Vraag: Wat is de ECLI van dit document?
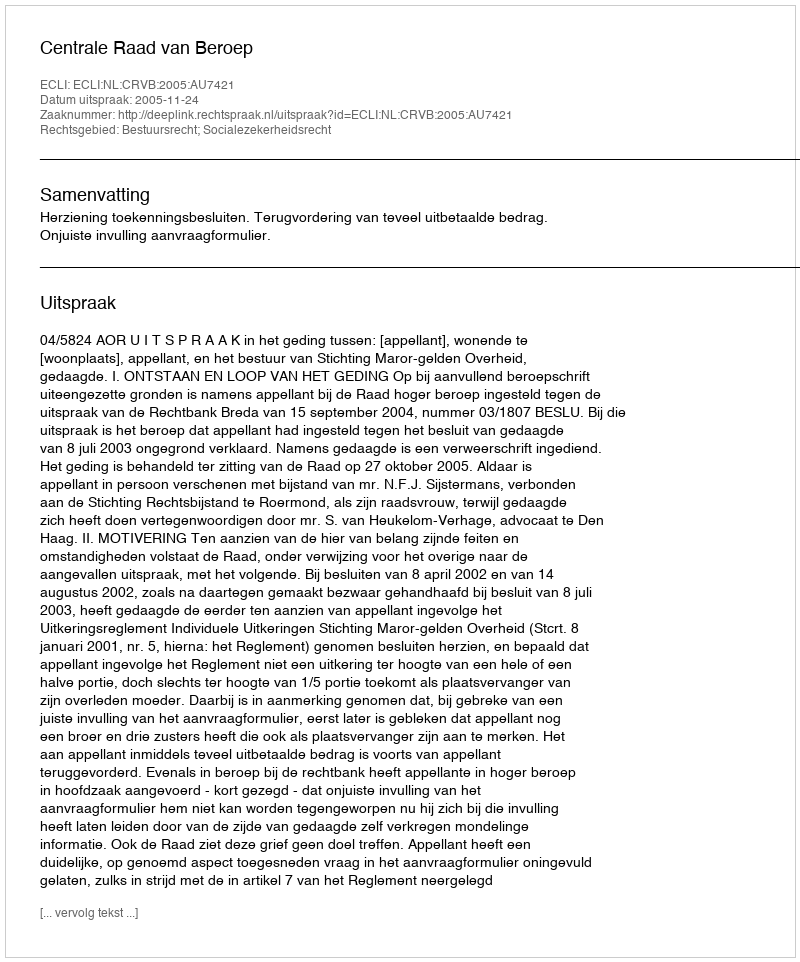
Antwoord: ECLI:NL:CRVB:2005:AU7421